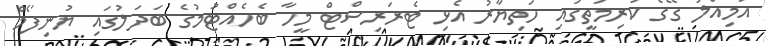
އަމިއްލަ ގޭގެ ކުރިމަތީގައި ހަތިޔާރު އެޅި ޓެރަރިސްޓް މީހާ ބެހެއްޓުމުގެ ބަދަލުގައި ޔުނިފޯމް